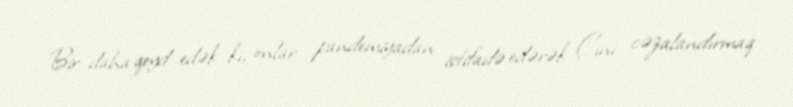
Bir daha qeyd edək ki, onlar pandemiyadan istifadə edərək Çini cəzalandırmaq